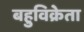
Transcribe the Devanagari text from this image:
बहुविक्रेता